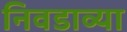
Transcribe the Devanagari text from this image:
निवडाव्या